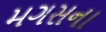
મગસના